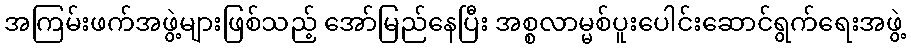
အကြမ်းဖက်အဖွဲ့များဖြစ်သည့် အော်မြည်နေပြီး အစ္စလာမ္မစ်ပူးပေါင်းဆောင်ရွက်ရေးအဖွဲ့